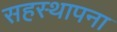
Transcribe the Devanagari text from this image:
सहस्थापना